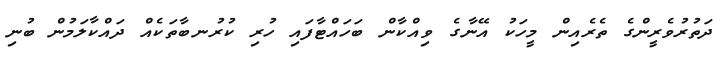
ދަތުރުވެރީންގެ ތެރެއިން މީހަކު އޭނާގެ ވިއްކާން ބަހައްޓާފައި ހުރި ކުރުނބާތަކެއް ދައްކާލަމުން ބުނި